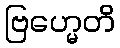
ဗြဟ္မေတိ